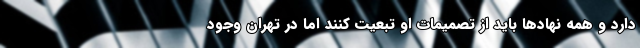
دارد و همه نهادها باید از تصمیمات او تبعیت کنند اما در تهران وجود